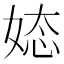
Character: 𮱉